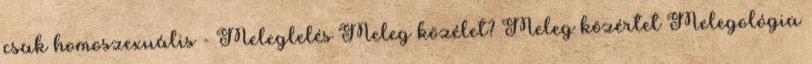
csak homoszexuális - Meleglelés Meleg közélet? Meleg közértet Melegológia